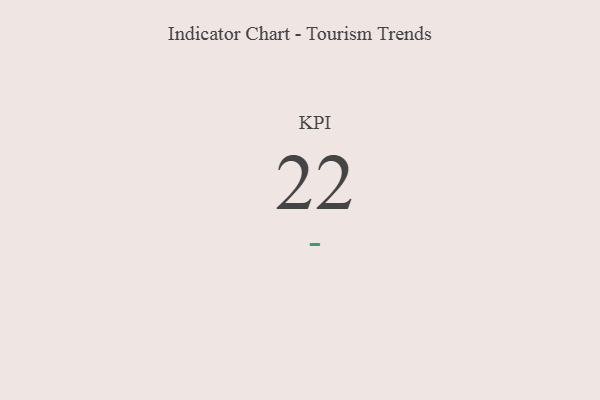
{"axis": {"x": "KPI", "y": "Value"}, "legend": [""], "data": [{"x": "KPI", "y": 22, "type": ""}]}